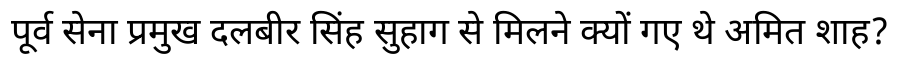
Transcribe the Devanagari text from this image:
पूर्व सेना प्रमुख दलबीर सिंह सुहाग से मिलने क्यों गए थे अमित शाह?